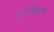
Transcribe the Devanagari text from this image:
पराम्बिकुलम